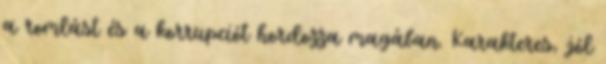
a romlást és a korrupciót hordozza magában. Karakteres, jól